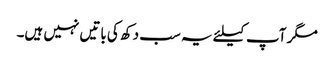
مگر آپ کیلئے یہ سب دکھ کی باتیں نہیں ہیں۔